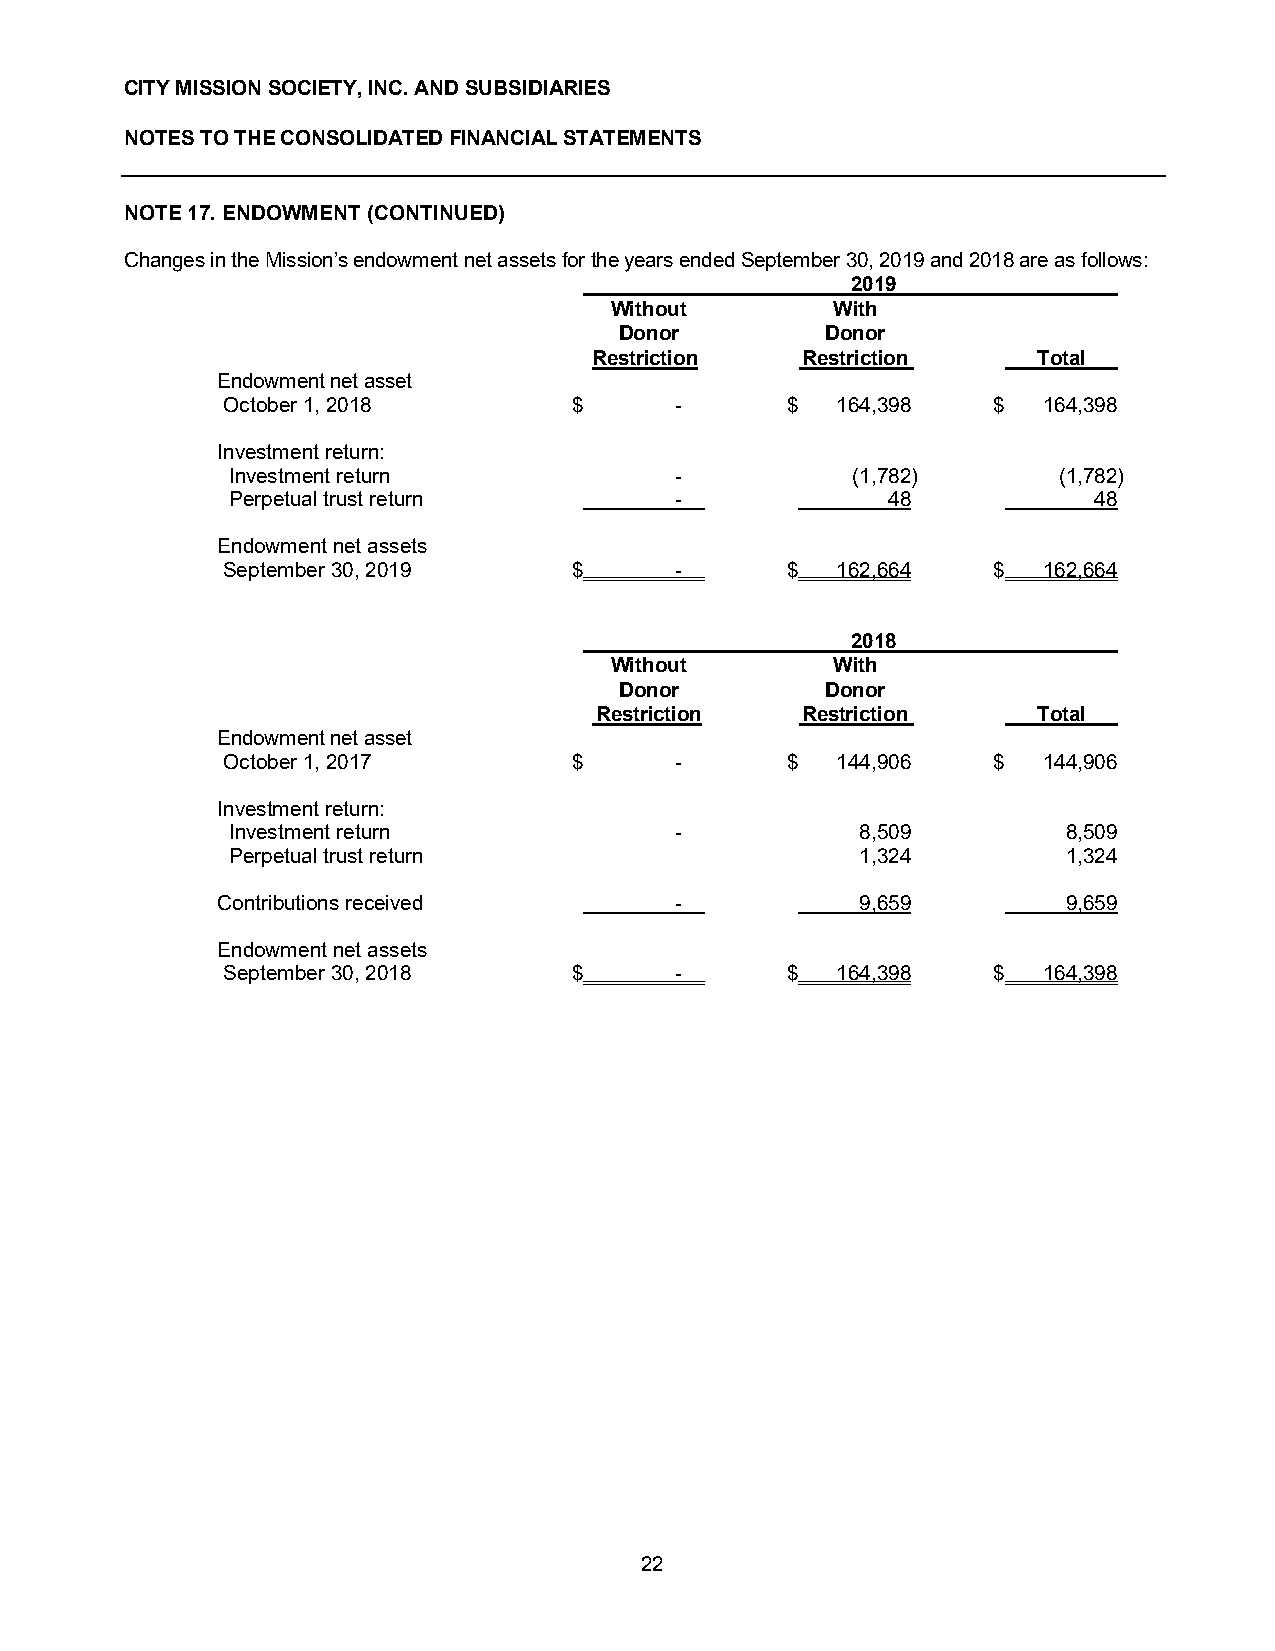
CITY MISSION SOCIETY, INC. AND SUBSIDIARIES
 NOTES TO THE CONSOLIDATED FINANCIAL STATEMENTS
 NOTE 17. ENDOWMENT (CONTINUED)
 Changes in the Mission’s endowment net assets for the years ended September 30, 2019 and 2018 are as follows:
 2019
 Without        With
 Donor         Donor
 Restriction   Restriction     Total
 Endowment net asset
 October 1, 2018        $      -      $  164,398    $  164,398
 Investment return:
 Investment return             -          (1,782)       (1,782)
 Perpetual trust return        -             48           48
 Endowment net assets
 September 30, 2019     $      -      $  162,664    $  162,664
 2018
 Without        With
 Donor         Donor
 Restriction   Restriction     Total
 Endowment net asset
 October 1, 2017        $      -      $  144,906    $  144,906
 Investment return:
 Investment return             -           8,509         8,509
 Perpetual trust return                    1,324         1,324
 Contributions received         -           9,659         9,659
 Endowment net assets
 September 30, 2018     $      -      $  164,398    $  164,398
 22